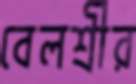
বেলশ্রীর